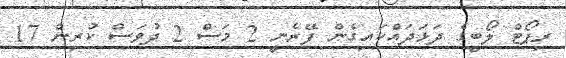
ރިޕޯޓް ލޯބީގެ ދަޅަދައްކައިގެން ފޭރެނީ 2 މަސް 2 ދުވަސް ކުރިން 17